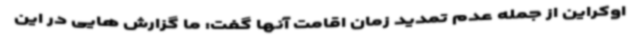
اوکراین از جمله عدم تمدید زمان اقامت آنها گفت: ما گزارش هایی در این